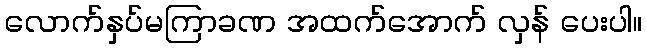
လောက်နှပ်မကြာခဏ အထက်အောက် လှန် ပေးပါ။